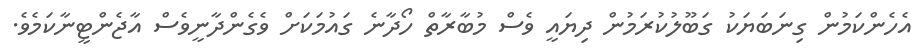
އެހެންކަމުން ގިނަބަޔަކު ގަބޫލުކުރަމުން ދިޔައީ ވެސް މުބާރާތް ހޯދާނެ ގައުމަކަށް ވެގެންދާނީވެސް އާޖެންޓީނާކަމެވެ.